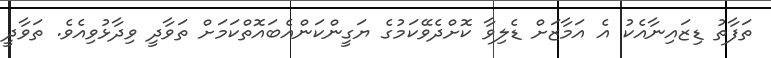
ތަފާތު ޑިޒައިނާއެކު އެ އަމާޒަށް ޑެލިވާ ކޮށްދެވޭކަމުގެ ޔަގީންކަންއެބައޮތްކަމަށް ތަވާދީ ވިދާޅުވިއެވެ. ތަވާދީ